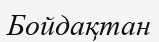
Бойдақтан